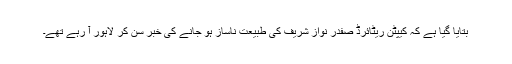
بتایا گیا ہے کہ کیپٹن ریٹائرڈ صفدر نواز شریف کی طبیعت ناساز ہو جانے کی خبر سن کر لاہور آ رہے تھے۔